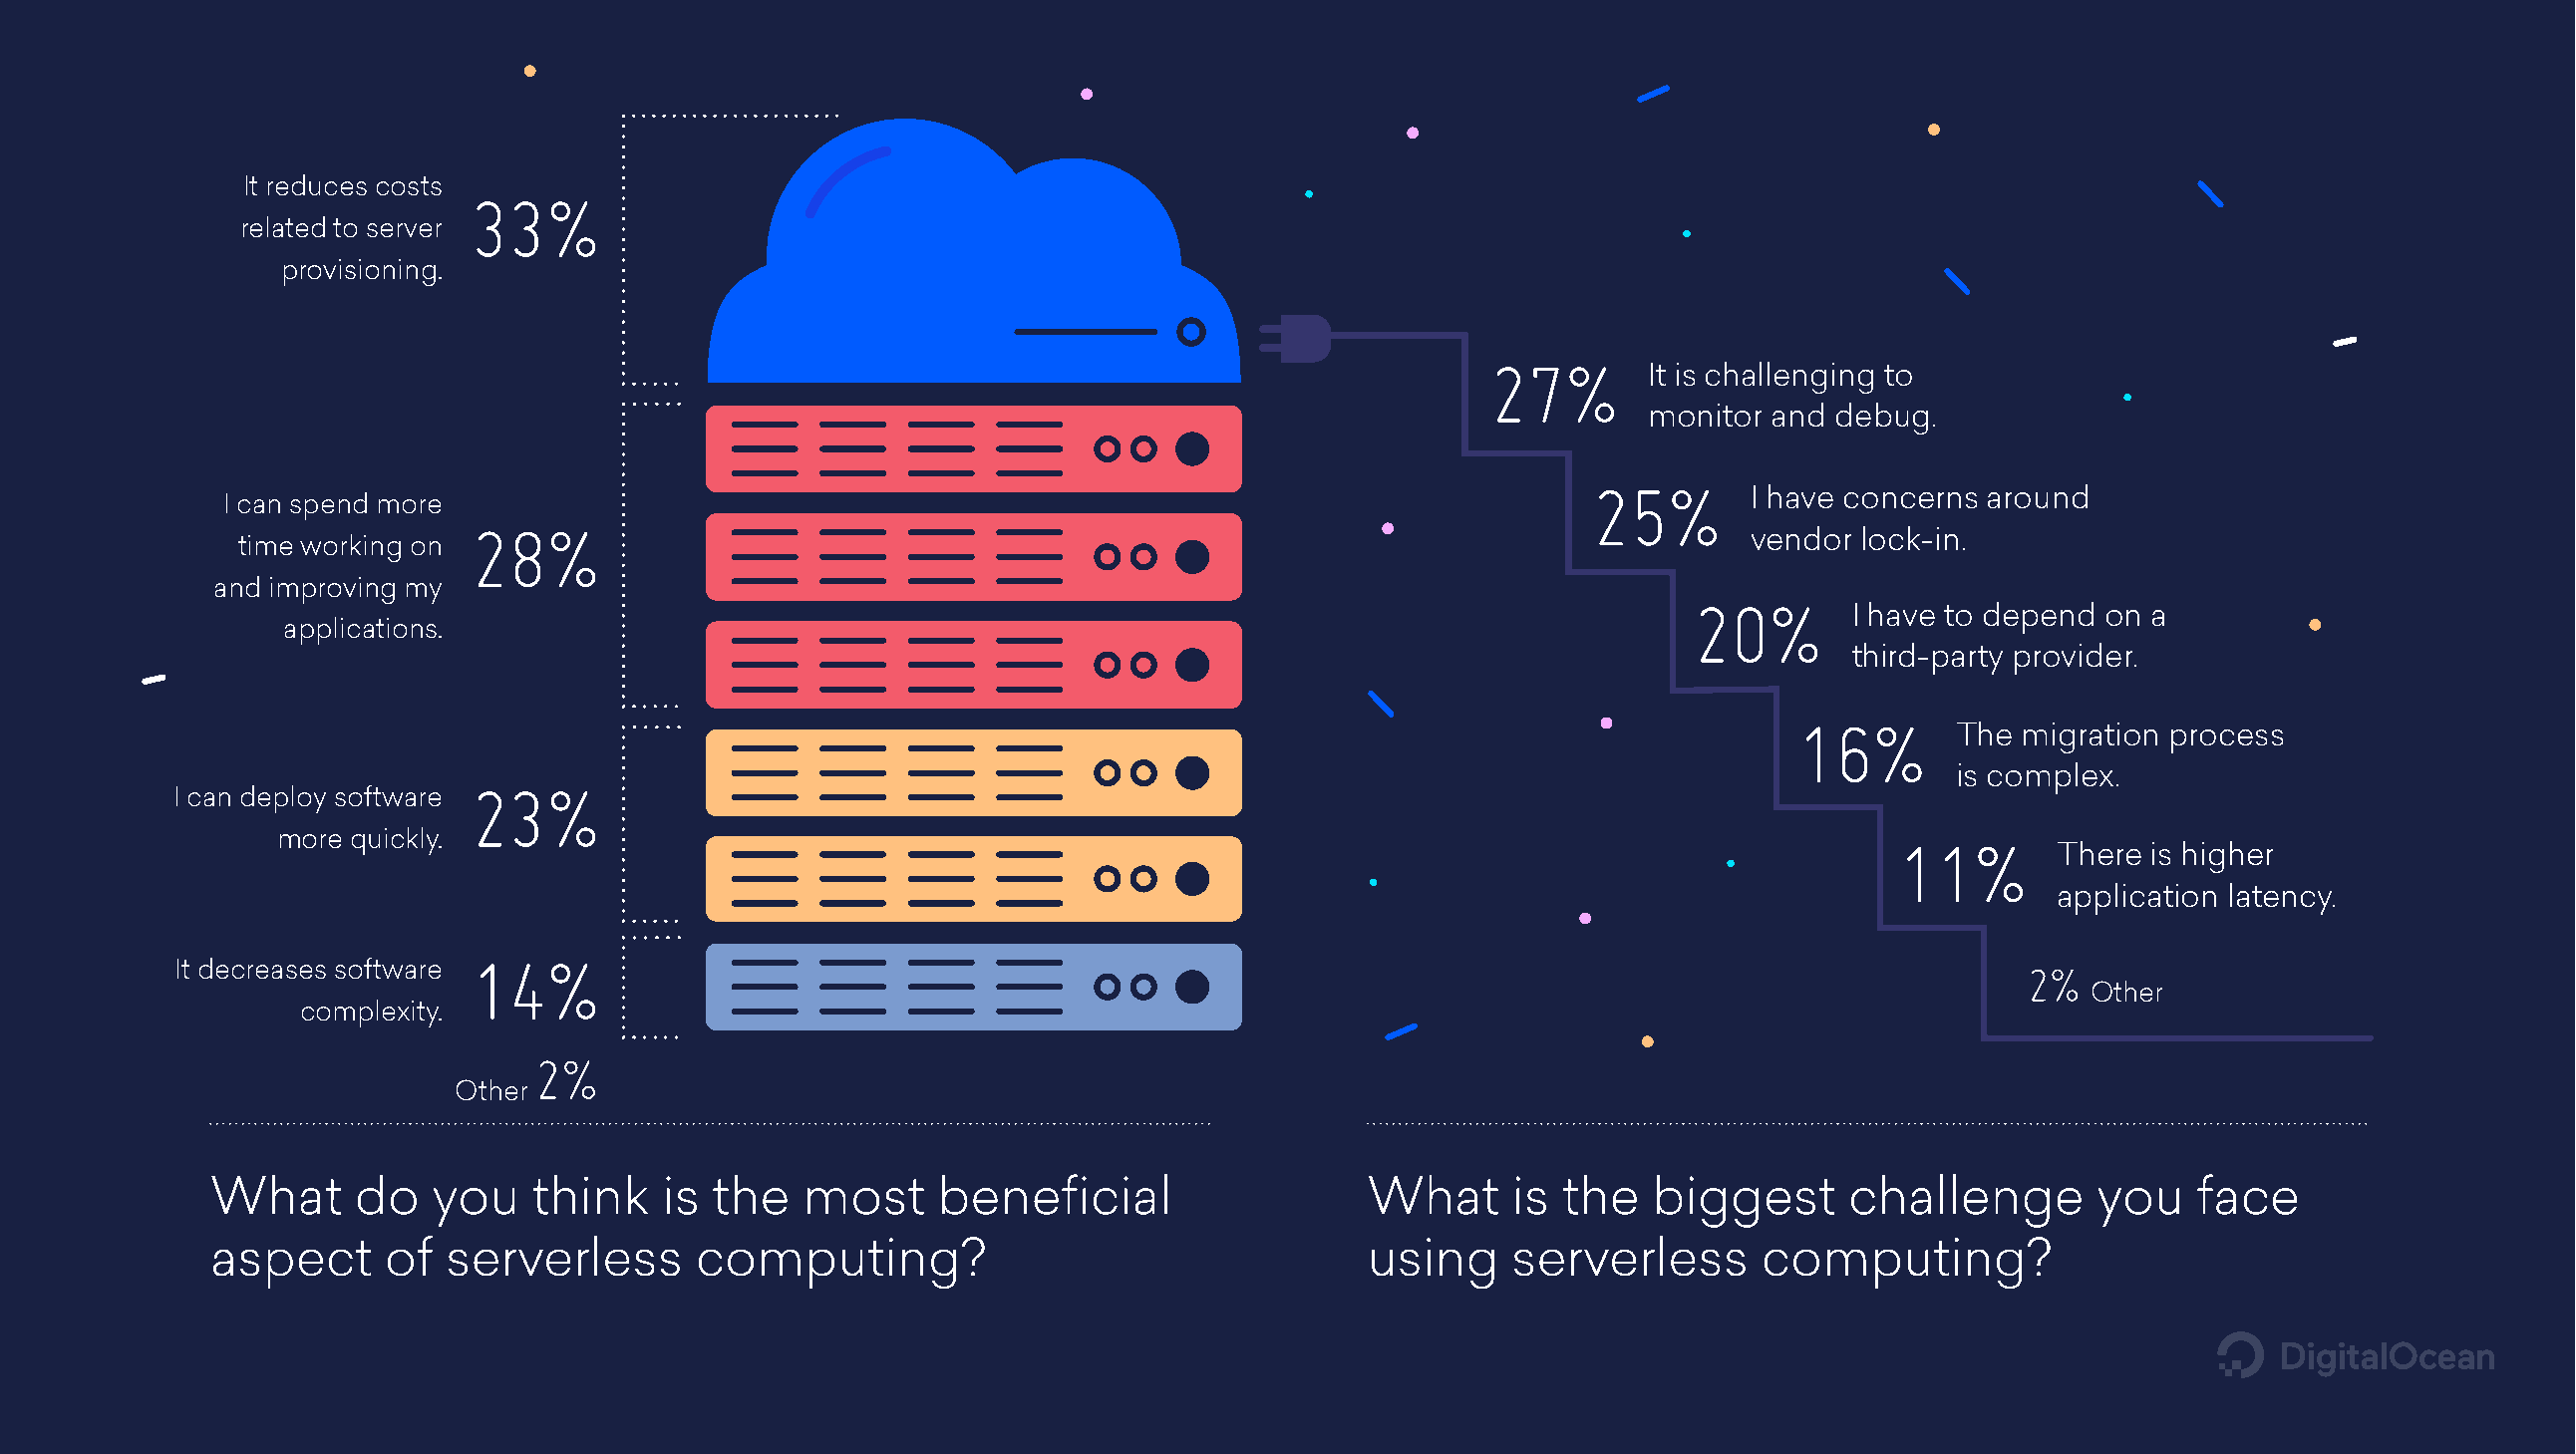
It reduces costs
 33%
 related to server
 provisioning.
 27%
 It is challenging to
 monitor  and debug.
 25%
 I have concerns around
 I can spend more
 28%
 vendor  lock-in.
 time working on
 and improving my
 20%
 I have to depend on a
 applications.
 third-party provider.
 16%
 The migration process
 is complex.
 23%
 I can deploy software
 more quickly.                                                                                               11%
 There is higher
 application latency.
 14%
 It decreases software                                                                                                      2%
 Other
 complexity.
 2%
 Other
 What      do   you   think    is the   most     beneficial                   What     is  the   biggest      challenge       you    face
 aspect      of  serverless      computing?                                   using    serverless       computing?